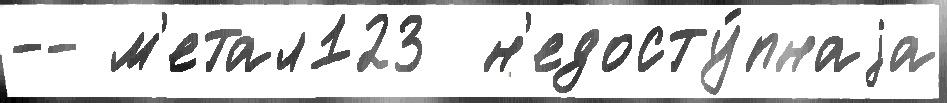
-- м'етал123  н'едосту́пнаjа